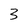
Character: 3